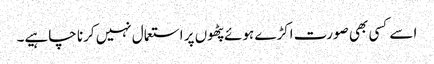
اسے کسی بھی صورت اکڑے ہوئے پٹھوں پر استعمال نہیں کرنا چاہیے۔